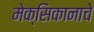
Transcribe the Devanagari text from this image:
मेक्सिकानाचे